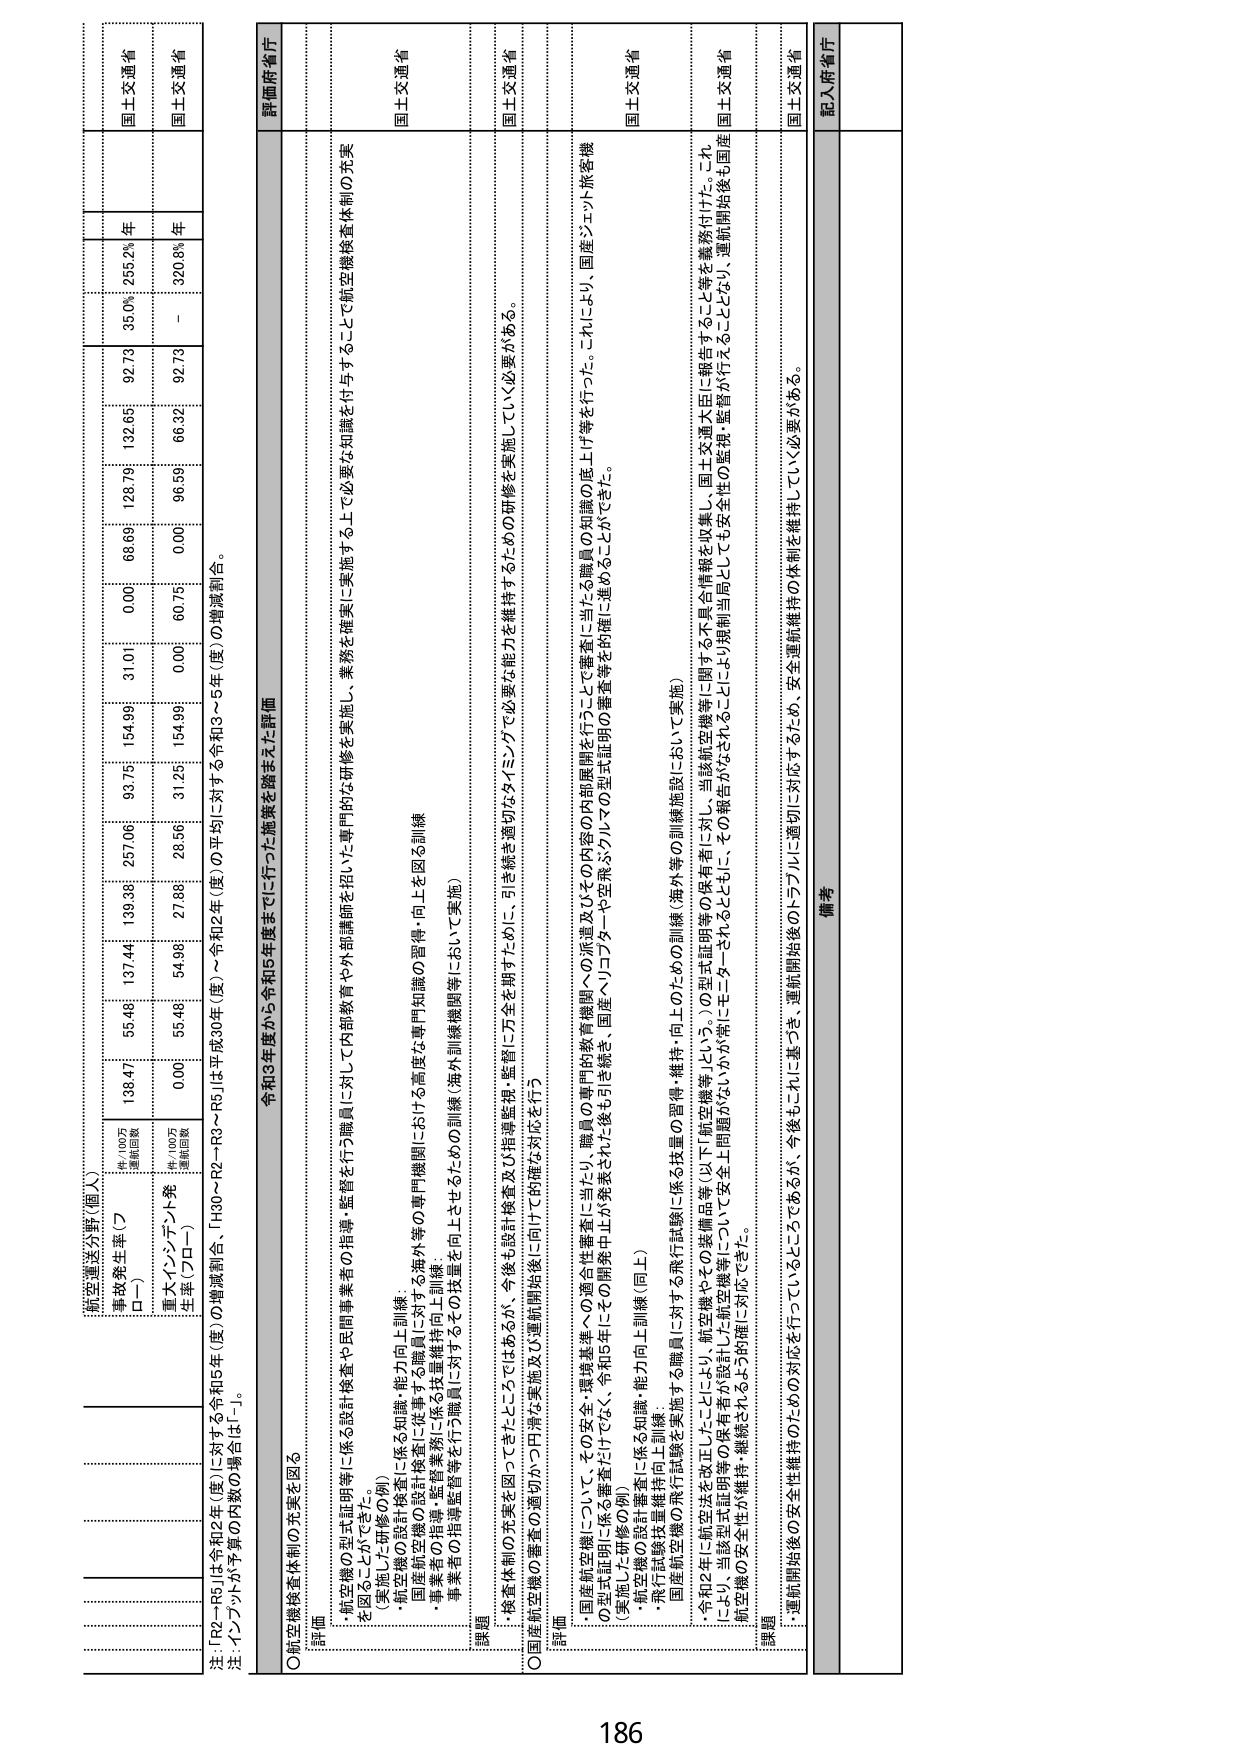
注：「R2～R5」は令和2年（度）に対する令和5年（度）の増減割合、「H30～R2～R3～R5」は平成30年（度）～令和2年（度）の平均に対する令和3～5年（度）の増減割合。
注：インフラが予算の内数の場合「-」。

航空運送分野（個人）
事故発生率（▽）
　　件／100万
　　運航回数
重大インシデント発
生率（プロー）
　　件／100万
　　運航回数

136.47
55.46
137.44
39.36
257.06
93.75
154.99
31.01
0.00
68.69
128.79
92.79
35.00
255.2%
年
国土交通省

0.00
55.46
54.98
27.86
28.56
31.25
154.99
0.00
60.76
0.00
96.59
66.32
92.79
-
320.8%
年
国土交通省

〇航空機検査体制の充実を図る
評価
・航空機の認証証明等に係る設計検査・監督を行う職員に対して内部教育や外部講師を招いた専門的な研修を実施し、業務を確実に実施する上で必要な知識を付与することで航空機検査体制の充実を図ることができた。
（実施した研修の例）
・航空機の設計検査に係る知識・能力向上訓練
・国産航空機の設計検査に従事する職員に対する海外等の専門機関における高度な専門知識の習得・向上を図る訓練
・事業者の指導・監督業務に係る技量維持向上訓練：
　事業者の指導監督を行う職員に対するその技量を向上させるための訓練（海外訓練機関等において実施）
課題
・検査体制の充実を図ってきたところではあるが、今後も設計検査及び指導監視・監督に万全を期すために、引き続き適切なタイミングで必要な能力を維持するための研修を実施していく必要がある。
〇国産航空機の着陸の適切かつ円滑な実施及び運航開始後に向けての確実な対応を行う
評価
・国産航空機について、その安全・環境基準への適合性審査に当たり、職員の専門的教育機関への派遣及びその内容の内部展開を行うことで審査に当たる職員の知識の底上げ等を行った。これにより、国産ジェット旅客機の認証証明に係る審査はけっく、令和5年にその開発中止が発表された後も引き続き、国産ヘリコプターや空飛ぶクルマの型式証明の審査等を的確に進めることがでた。
（実施した研修の例）
・航空機の設計審査に係る知識・能力向上訓練（同上）
・飛行試験技量維持向上訓練：
　国産航空機の飛行試験を実施する職員に対する飛行試験に係る技量の習得・維持・向上のための訓練（海外等の訓練施設において実施）
・令和2年に航空法を改正したことにより、航空機やその装備品等（以下「航空機等」という。）の型式証明等の保有者が認証した航空機等について安全上問題がないかが常にモニターサーされるとともに、その報告がなされるようにした。これにより、当該航空機等に関する不具合情報を収集し、国土交通大臣に報告することとなり、運航開始後も国産航空機の安全性維持・継続されるよう的確に対応できた。
課題
・運航開始後の安全性維持のための対応を行っているところであるが、今後もこれに基づき、運航開始後のトラブルに適切に対応するため、安全運航維持の体制を維持していく必要がある。

評価府省庁
国土交通省
国土交通省
国土交通省
国土交通省
国土交通省
国土交通省

備考
記入府省庁

186